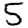
Digit: 5